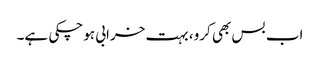
اب بس بھی کرو، بہت خرابی ہوچکی ہے۔